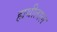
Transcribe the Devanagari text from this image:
हाथीताल